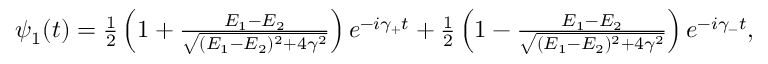
\begin{array} { r } { \psi _ { 1 } ( t ) = \frac { 1 } { 2 } \left( 1 + \frac { E _ { 1 } - E _ { 2 } } { \sqrt { ( E _ { 1 } - E _ { 2 } ) ^ { 2 } + 4 \gamma ^ { 2 } } } \right) e ^ { - i \gamma _ { + } t } + \frac { 1 } { 2 } \left( 1 - \frac { E _ { 1 } - E _ { 2 } } { \sqrt { ( E _ { 1 } - E _ { 2 } ) ^ { 2 } + 4 \gamma ^ { 2 } } } \right) e ^ { - i \gamma _ { - } t } , } \end{array}